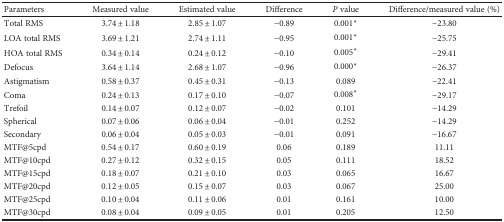
<table><thead><tr><td><b>Parameters</b></td><td><b>Measured value</b></td><td><b>Estimated value</b></td><td><b>Difference</b></td><td><b><i>P</i> value</b></td><td><b>Difference/measured value (%)</b></td></tr></thead><tbody><tr><td>Total RMS</td><td>3.74 ± 1.18</td><td>2.85 ± 1.07</td><td>−0.89</td><td>0.001<sup>∗</sup></td><td>−23.80</td></tr><tr><td>LOA total RMS</td><td>3.69 ± 1.21</td><td>2.74 ± 1.11</td><td>−0.95</td><td>0.001<sup>∗</sup></td><td>−25.75</td></tr><tr><td>HOA total RMS</td><td>0.34 ± 0.14</td><td>0.24 ± 0.12</td><td>−0.10</td><td>0.005<sup>∗</sup></td><td>−29.41</td></tr><tr><td>Defocus</td><td>3.64 ± 1.14</td><td>2.68 ± 1.07</td><td>−0.96</td><td>0.000<sup>∗</sup></td><td>−26.37</td></tr><tr><td>Astigmatism</td><td>0.58 ± 0.37</td><td>0.45 ± 0.31</td><td>−0.13</td><td>0.089</td><td>−22.41</td></tr><tr><td>Coma</td><td>0.24 ± 0.13</td><td>0.17 ± 0.10</td><td>−0.07</td><td>0.008<sup>∗</sup></td><td>−29.17</td></tr><tr><td>Trefoil</td><td>0.14 ± 0.07</td><td>0.12 ± 0.07</td><td>−0.02</td><td>0.101</td><td>−14.29</td></tr><tr><td>Spherical</td><td>0.07 ± 0.06</td><td>0.06 ± 0.04</td><td>−0.01</td><td>0.252</td><td>−14.29</td></tr><tr><td>Secondary</td><td>0.06 ± 0.04</td><td>0.05 ± 0.03</td><td>−0.01</td><td>0.091</td><td>−16.67</td></tr><tr><td>MTF@5cpd</td><td>0.54 ± 0.17</td><td>0.60 ± 0.19</td><td>0.06</td><td>0.189</td><td>11.11</td></tr><tr><td>MTF@10cpd</td><td>0.27 ± 0.12</td><td>0.32 ± 0.15</td><td>0.05</td><td>0.111</td><td>18.52</td></tr><tr><td>MTF@15cpd</td><td>0.18 ± 0.07</td><td>0.21 ± 0.10</td><td>0.03</td><td>0.065</td><td>16.67</td></tr><tr><td>MTF@20cpd</td><td>0.12 ± 0.05</td><td>0.15 ± 0.07</td><td>0.03</td><td>0.067</td><td>25.00</td></tr><tr><td>MTF@25cpd</td><td>0.10 ± 0.04</td><td>0.11 ± 0.06</td><td>0.01</td><td>0.161</td><td>10.00</td></tr><tr><td>MTF@30cpd</td><td>0.08 ± 0.04</td><td>0.09 ± 0.05</td><td>0.01</td><td>0.205</td><td>12.50</td></tr></tbody></table>